Report on horse surra - Volume I
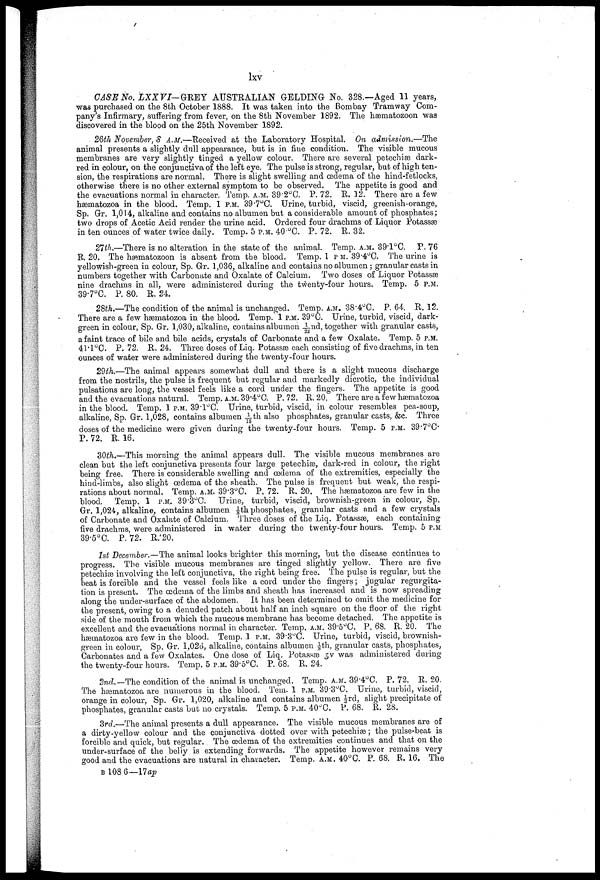
lxv
CASE No. LXXVI-GREY AUSTRALIAN GELDING No. 328.—Aged 11 years,
was purchased on the 8th October 1888. It was taken into the Bombay Tramway Com
pany's Infirmary, suffering from fever, on the 8th November 1892. The hæmatozoon was
discovered in the blood on the 25th November 1892.
26th November, 8 A.M.—Received at the Laboratory Hospital. On admission.—The
animal presents a slightly dull appearance, but is in fine condition. The visible mucous
membranes are very slightly tinged a yellow colour. There are several petechias dark-
red in colour, on the conjunctiva of the left eye. The pulse is strong, regular, but of high ten
sion, the respirations are normal. There is slight swelling and oedema of the hind-fetlocks,
otherwise there is no other external symptom to be observed. The appetite is good and
the evacuations normal in character. Temp. A.M. 39.2°C. P. 72. R. 12. There are a few
hæmatozoa in the blood. Temp. 1 P.M. 39.7°C. Urine, turbid, viscid, greenish-orange,
Sp. Gr. 1,014, alkaline and contains no albumen but a considerable amount of phosphates;
two drops of Acetic Acid render the urine acid. Ordered four drachms of Liquor Potassæ
in ten ounces of water twice daily. Temp. 5 P.M. 40°C. P. 72. R. 32.
27th.—There is no alteration in the state of the animal. Temp. A.M. 39.1°C. P. 76
R. 20. The hæmatozoon is absent from the blood. Temp. 1 P.M. 39.4°C. The urine is
yellowish-green in colour, Sp. Gr. 1,036, alkaline and contains no albumen ; granular casts in
numbers together with Carbonate and Oxalate of Calcium. Two doses of Liquor Potassæ
nine drachms in all, were administered during the twenty-four hours. Temp. 5 P.M.
39.7°C. P. 80. R. 24.
28th.—The condition of the animal is unchanged. Temp. A.M. 38.4°C. P. 64. R. 12.
There are a few hæmatozoa in the blood. Temp. 1 P.M. 39°C. Urine, turbid, viscid, dark-
green in colour, Sp. Gr. 1,030, alkaline, contains albumen 1/22nd, together with granular casts,
a faint trace of bile and bile acids, crystals of Carbonate and a few Oxalate. Temp. 5 P.M.
41.1°C. P. 72. R. 24. Three doses of Liq. Potassæ each consisting of five drachms, in ten
ounces of water were administered during the twenty-four hours.
29th.—The animal appears somewhat dull and there is a slight mucous discharge
from the nostrils, the pulse is frequent but regular and markedly dicrotic, the individual
pulsations are long, the vessel feels like a cord under the fingers. The appetite is good
and the evacuations natural. Temp. A.M. 39.4°C. P. 72. R. 20, There are a few hæmatozoa
in the blood. Temp. 1 P.M. 39.1°C. Urine, turbid, viscid, in colour resembles pea-soup,
alkaline, Sp. Gr. 1,028, contains albumen -1/15th also phosphates, granular casts, &c. Three
doses of the medicine were given during the twenty-four hours. Temp. 5 P.M. 39.7°C.
P. 72. R. 16.
30th.—This morning the animal appears dull. The visible mucous membranes are
clean but the left conjunctiva presents four large petechiæ, dark-red in colour, the right
being free. There is considerable swelling and œdema of the extremities, especially the
hind-limbs, also slight œdema of the sheath. The pulse is frequent but weak, the respi
rations about normal. Temp. A.M. 39.3°C. P. 72. R. 20. The hæmatozoa are few in the
blood. Temp. 1 P.M. 39.3°C. Urine, turbid, viscid, brownish-green in colour, Sp.
Gr. 1,024, alkaline, contains albumen ⅛th. phosphates, granular casts and a few crystals
of Carbonate and Oxalate of Calcium. Three doses of the Liq. Potassæ, each containing
live drachms, were administered in water during the twenty-four hours. Temp. 5 P.M.
39.5°C. P. 72. R.20.
1st December.—The animal looks brighter this morning, but the disease continues to
progress. The visible mucous membranes are tinged slightly yellow. There are five
petechiæs involving the left conjunctiva, the right being free. The pulse is regular, but the
beat is forcible and the vessel feels like a cord under the fingers ; jugular regurgita
tion is present. The œdema of the limbs and sheath has increased and is now spreading
along the under-surface of the abdomen. It has been determined to omit the medicine for
the present, owing to a denuded patch about half an inch square on the floor of the right
side of the mouth from which the mucous membrane has become detached. The appetite is
excellent and the evacuations normal in character. Temp. A.M. 39.5°C. P. 68. R. 20. The
hæmatozoa are few in the blood. Temp. 1 P.M. 39.3°C. Urine, turbid, viscid, brownish-
green in colour, Sp. Gr. l,026, alkaline, contains albumen ⅛th, granular casts, phosphates,
Carbonates and a few Oxalates. One dose of Liq. Potassæ 3V was administered during
the twenty-four hours. Temp. 5 P.M. 39.5°C. P. 68. R. 24.
2nd.—The condition of the animal is unchanged. Temp. A.M. 39.4°C. P. 72. R. 20.
The hæmatozoa are numerous in the blood. Tern. 1 P.M. 39 . 3°C. Urine, turbid, viscid,
orange in colour, Sp. Gr. 1,020, alkaline and contains albumen ⅓rd, slight precipitate of
phosphates, granular casts but no crystals. Temp. 5 P.M. 40°C. P. 68. R. 28.
3rd.—The animal presents a dull appearance. The visible mucous membranes are of
a dirty-yellow colour and the conjunctiva dotted over with petechiæ ; the pulse-beat is
forcible and quick, but regular. The œdema of the extremities continues and that on the
under-surface of the belly is extending forwards. The appetite however remains very
good and the evacuations are natural in character. Temp. A.M. 40°C. P. 68. R. 16. The
B 108 6—17ap